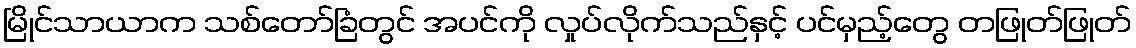
မြိုင်သာယာက သစ်တော်ခြံတွင် အပင်ကို လှုပ်လိုက်သည်နှင့် ပင်မှည့်တွေ တဖြုတ်ဖြုတ်